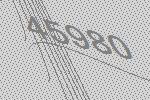
45980